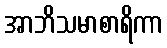
အာဘိသမာစာရိကာ